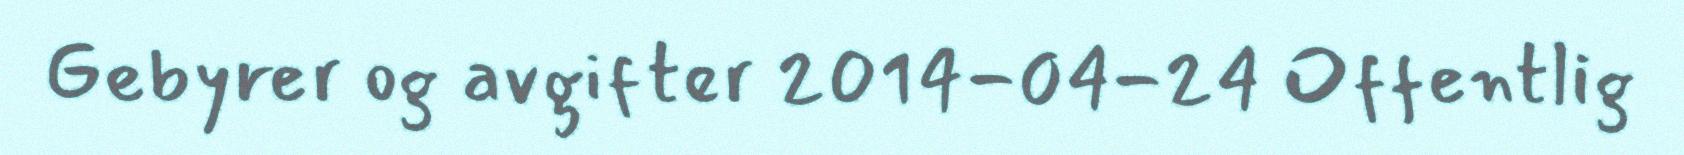
Gebyrer og avgifter 2014-04-24 Offentlig